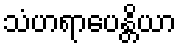
သံဟရာပေန္တိယာ